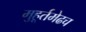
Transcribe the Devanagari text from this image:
मुहूर्तमेढच